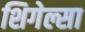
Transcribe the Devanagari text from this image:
शिगेल्सा